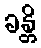
ခန္တိ